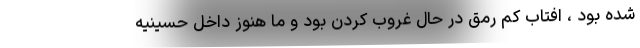
شده بود ، افتاب کم رمق در حال غروب کردن بود و ما هنوز داخل حسینیه